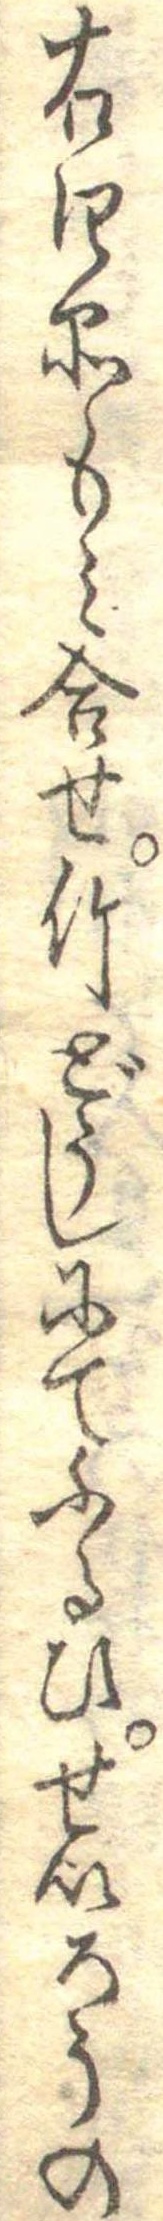
右四品もみ合せ竹どうしにてふるひせいろうの